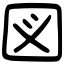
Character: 図